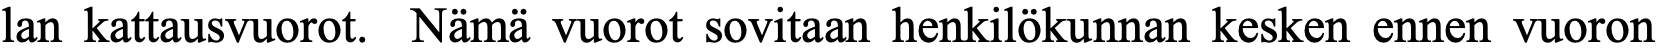
lan kattausvuorot. Nämä vuorot sovitaan henkilökunnan kesken ennen vuoron